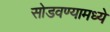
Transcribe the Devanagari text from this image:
सोडवण्यामध्ये